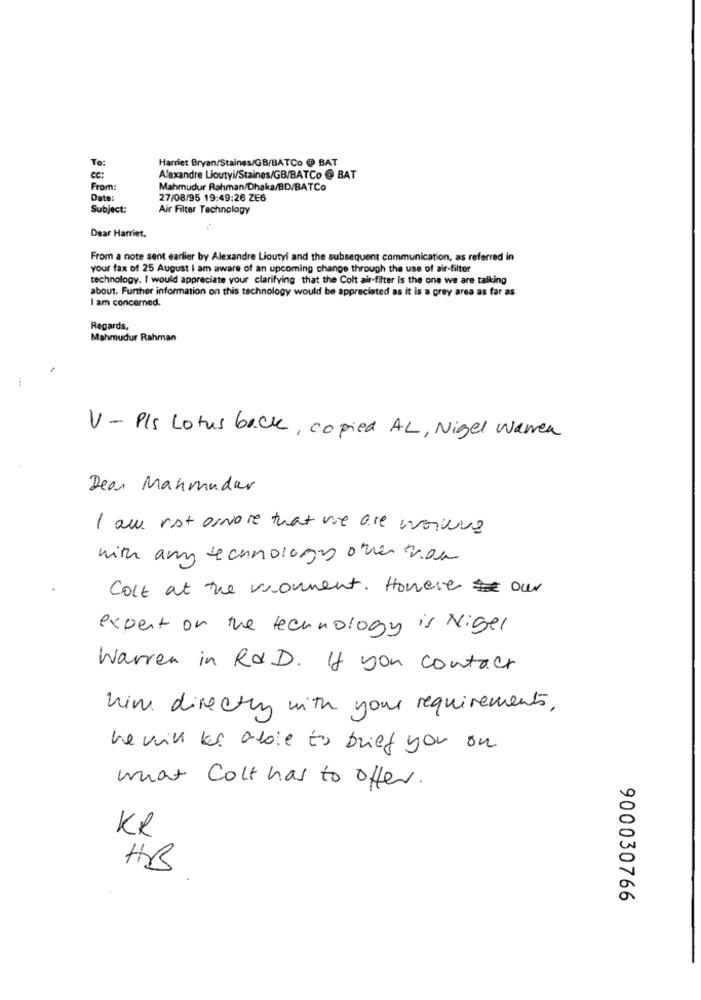
To:
Harriet Bryan/Staines/GB/BATCo @ BAT
CC:
Alexandre Lioutyi/Staines/GB/BATCo @ BAT
From:
Mahmudur Rahman/Dhaka/BD/BATCo
Date:
27/08/95 19:49:26 ZE6
Subject:
Air Filter Technology
Dear Harriet,
From a note sent earlier by Alexandre Lioutyi and the subsequent communication, as referred in
your fax of 25 August I am aware of an upcoming change through the use of air-filter
technology. I would appreciate your clarifying that the Colt air-filter is the one we are talking
about. Further information on this technology would be appreciated as it is a grey area as far as
I am concerned.
Regards,
Mahmudur Rahman
V - PIS Lotus back, copied AL, Nigel waren
Dear Mahmudar
I am not ormore that vie are uiting
with any technology other than
Colt at the moment. Honese our
expert on the technology is Nigel
Warren in R&D. If you contact
him directly with your requirements.
he will is able to brief you on
what colt has to offer.
KR
HB
900030766